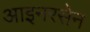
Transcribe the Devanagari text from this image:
आइनरसेन